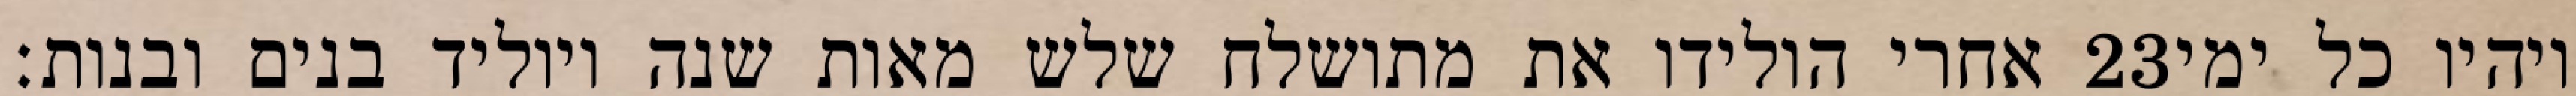
אחרי הולידו את מתושלח שלש מאות שנה ויוליד בנים ובנות׃ ‎23‏ ויהיו כל ימי